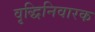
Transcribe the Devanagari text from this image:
वृद्धिनिवारक